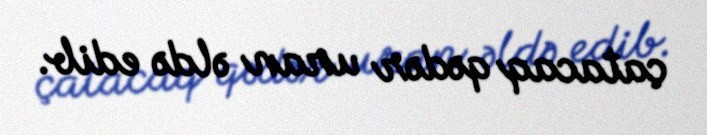
çatacaq qədər uran əldə edib.